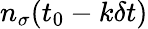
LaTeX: n_{\sigma}(t_{0}-k\delta t)